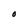
Character: O